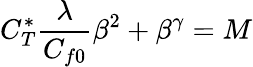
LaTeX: C_{T}^{*}\frac{\lambda}{C_{f0}}\beta^{2}+\beta^{\gamma}=M